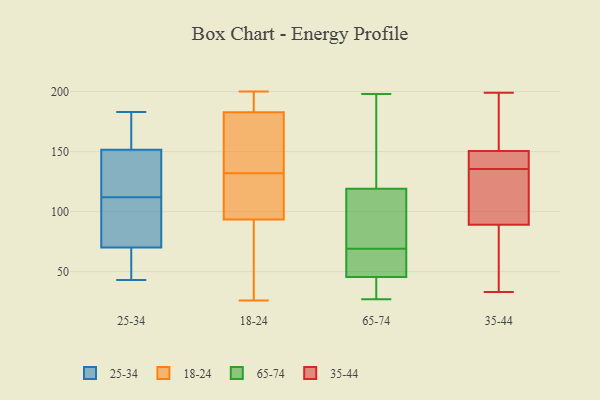
{"axis": {"x": "LTV (USD)", "y": "Value"}, "legend": ["18-24", "25-34", "35-44", "65-74"], "data": [{"x": "", "y": 183, "type": "25-34"}, {"x": "", "y": 93, "type": "25-34"}, {"x": "", "y": 152, "type": "25-34"}, {"x": "", "y": 151, "type": "25-34"}, {"x": "", "y": 49, "type": "25-34"}, {"x": "", "y": 161, "type": "25-34"}, {"x": "", "y": 69, "type": "25-34"}, {"x": "", "y": 43, "type": "25-34"}, {"x": "", "y": 76, "type": "25-34"}, {"x": "", "y": 106, "type": "25-34"}, {"x": "", "y": 140, "type": "25-34"}, {"x": "", "y": 68, "type": "25-34"}, {"x": "", "y": 71, "type": "25-34"}, {"x": "", "y": 118, "type": "25-34"}, {"x": "", "y": 133, "type": "25-34"}, {"x": "", "y": 164, "type": "25-34"}, {"x": "", "y": 181, "type": "25-34"}, {"x": "", "y": 90, "type": "25-34"}, {"x": "", "y": 128, "type": "25-34"}, {"x": "", "y": 68, "type": "25-34"}, {"x": "", "y": 50, "type": "18-24"}, {"x": "", "y": 92, "type": "18-24"}, {"x": "", "y": 161, "type": "18-24"}, {"x": "", "y": 128, "type": "18-24"}, {"x": "", "y": 78, "type": "18-24"}, {"x": "", "y": 200, "type": "18-24"}, {"x": "", "y": 182, "type": "18-24"}, {"x": "", "y": 26, "type": "18-24"}, {"x": "", "y": 176, "type": "18-24"}, {"x": "", "y": 160, "type": "18-24"}, {"x": "", "y": 101, "type": "18-24"}, {"x": "", "y": 94, "type": "18-24"}, {"x": "", "y": 125, "type": "18-24"}, {"x": "", "y": 194, "type": "18-24"}, {"x": "", "y": 132, "type": "18-24"}, {"x": "", "y": 193, "type": "18-24"}, {"x": "", "y": 185, "type": "18-24"}, {"x": "", "y": 143, "type": "65-74"}, {"x": "", "y": 47, "type": "65-74"}, {"x": "", "y": 27, "type": "65-74"}, {"x": "", "y": 198, "type": "65-74"}, {"x": "", "y": 64, "type": "65-74"}, {"x": "", "y": 41, "type": "65-74"}, {"x": "", "y": 72, "type": "65-74"}, {"x": "", "y": 99, "type": "65-74"}, {"x": "", "y": 41, "type": "65-74"}, {"x": "", "y": 69, "type": "65-74"}, {"x": "", "y": 111, "type": "65-74"}, {"x": "", "y": 196, "type": "65-74"}, {"x": "", "y": 49, "type": "65-74"}, {"x": "", "y": 199, "type": "35-44"}, {"x": "", "y": 153, "type": "35-44"}, {"x": "", "y": 102, "type": "35-44"}, {"x": "", "y": 93, "type": "35-44"}, {"x": "", "y": 150, "type": "35-44"}, {"x": "", "y": 151, "type": "35-44"}, {"x": "", "y": 141, "type": "35-44"}, {"x": "", "y": 33, "type": "35-44"}, {"x": "", "y": 83, "type": "35-44"}, {"x": "", "y": 85, "type": "35-44"}, {"x": "", "y": 134, "type": "35-44"}, {"x": "", "y": 137, "type": "35-44"}]}